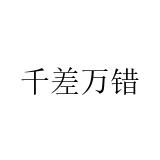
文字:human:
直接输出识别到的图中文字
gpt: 千差万错